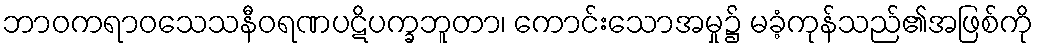
ဘာဝကရာဝသေသနီဝရဏပဋိပက္ခဘူတာ၊ ကောင်းသောအမှု၌ မခံ့ကုန်သည်၏အဖြစ်ကို